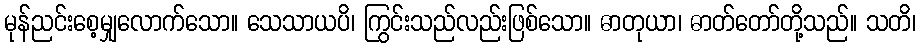
မုန်ညင်းစေ့မျှလောက်သော။ သေသာယပိ၊ ကြွင်းသည်လည်းဖြစ်သော။ ဓာတုယာ၊ ဓာတ်တော်တို့သည်။ သတိ၊